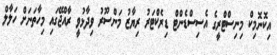
އިކޮނޮމިކް މިނިސްޓްރީގެ އެސިސްޑެންޓް ޑިރެކްޓަރު ރިޔާޒު މަންސޫރު ވިދާޅުވީ ރާއްޖޭގައި މިހާތަނަށް ހަލާލް